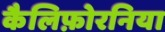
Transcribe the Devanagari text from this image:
कैलिफ़ोरनिया